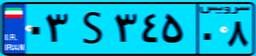
۰۲S۲۲۸۴۲